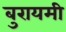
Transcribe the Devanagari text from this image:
बुरायमी